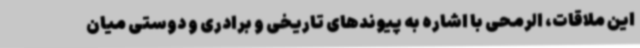
این ملاقات، الرمحی با اشاره به پیوندهای تاریخی و برادری و دوستی میان